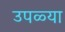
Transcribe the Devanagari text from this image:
उपळ्या